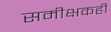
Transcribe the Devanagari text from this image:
समीक्षकही